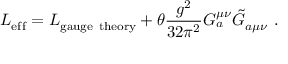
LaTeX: { \cal { L } } _ { \mathrm { e f f } } = { \cal { L } } _ { \mathrm { g a u g e ~ t h e o r y } } + \theta \frac { g ^ { 2 } } { 3 2 \pi ^ { 2 } } G _ { a } ^ { \mu \nu } \tilde { G } _ { a \mu \nu } ~ .